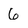
Character: 6